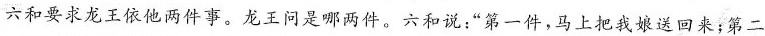
六和要求龙王依他两件事。龙王问是哪两件。六和说：”第一件，马上把我娘送回来；第二